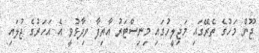
ޖޫން މަހުގެ ތެރޭގައި މަޖިލީހުގައި މިނިސްޓަރު އާތިފާ ވިދާޅުވީ އެ އަހަރުގެ ޖުލައި